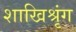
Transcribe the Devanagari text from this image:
शाखिश्रृंग